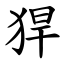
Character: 猂